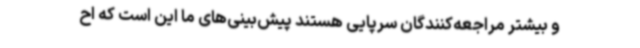
و بیشتر مراجعه‌کنندگان سرپایی هستند پیش‌بینی‌های ما این است که اح